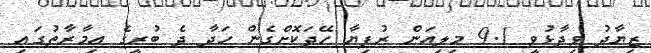
ޒިޔާދު ވިދާޅުވީ 9.1 މިލިއަން ރުފިޔާ ހޭދަކޮށްގެން ހަދާ ދެ ބުރީގެ އިމާރާތުގައި